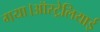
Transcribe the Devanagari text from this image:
गया।ऑस्ट्रेलियाई